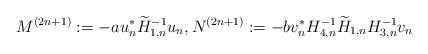
\begin{align*} M^{(2n+1)}&:=-a u_n^{*} \widetilde{H}_{1,n}^{-1}u_n, N^{(2n+1)}:=-bv_n^{*}H_{4,n}^{-1} \widetilde{H}_{1,n}H_{3,n}^{-1}v_n\end{align*}